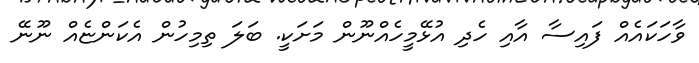
ވާހަކައެއް ފައިސާ އާއި ހެދި އުޅޭމީހެއްނޫން މަށަކީ. ބަލަ ތިމިހުން އެކަންޏެއް ނޫނޭ